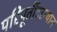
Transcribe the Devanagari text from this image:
परिपूर्तीदरम्यान